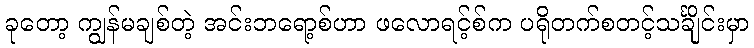
ခုတော့ ကျွန်မချစ်တဲ့ အင်းဘရော့စ်ဟာ ဖလောရင့်စ်က ပရိုတက်စတင့်သင်္ချိုင်းမှာ